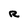
Character: R